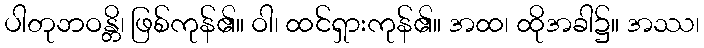
ပါတုဘဝန္တိ၊ ဖြစ်ကုန်၏။ ဝါ၊ ထင်ရှားကုန်၏။ အထ၊ ထိုအခါ၌။ အဿ၊